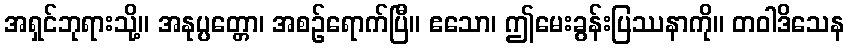
အရှင်ဘုရားသို့။ အနုပ္ပတ္တော၊ အစဉ်ရောက်ပြီ။ ဧသော၊ ဤမေးခွန်းပြဿနာကို။ တဝါဒိသေန